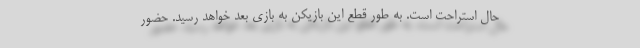
حال استراحت است. به طور قطع این بازیکن به بازی بعد خواهد رسید. حضور